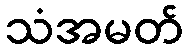
သံအမတ်